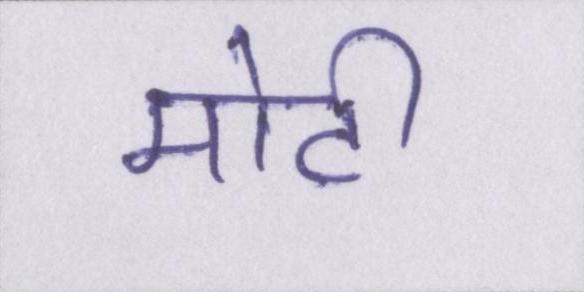
मोटी